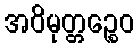
အဝိမုတ္တဉ္စေဝ